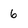
Character: 6